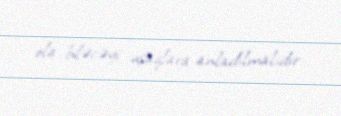
ola biləcəyi uşaqlara anladılmalıdır.